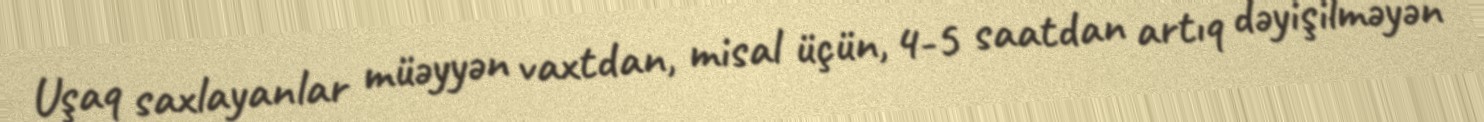
Uşaq saxlayanlar müəyyən vaxtdan, misal üçün, 4-5 saatdan artıq dəyişilməyən